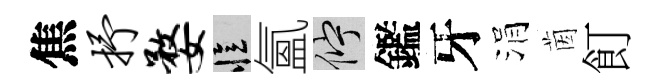
焦抒婺忆氳伫鑑牙涓茵飣